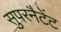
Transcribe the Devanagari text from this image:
सुपरनैटेंट